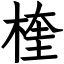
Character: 楏